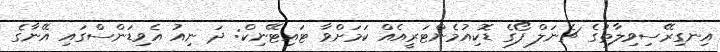
އިނގިރޭސިވިލާތުގެ ޗެނަލް ފޯގެ ޑޮކިއުމެންޓަރީއެއް ކަމަށްވާ ޓައިޓޭނިކް: ދަ ނިއު އެވިޑަންސްގައި އޭނާގެ